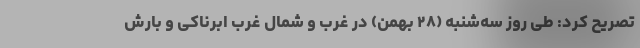
تصریح کرد: طی روز سه‌شنبه (۲۸ بهمن) در غرب و شمال غرب ابرناکی و بارش